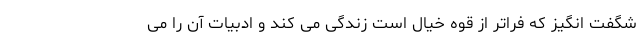
شگفت انگیز که فراتر از قوه خیال است زندگی می کند و ادبیات آن را می